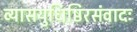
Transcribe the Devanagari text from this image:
व्यासयुधिष्ठिरसंवादः